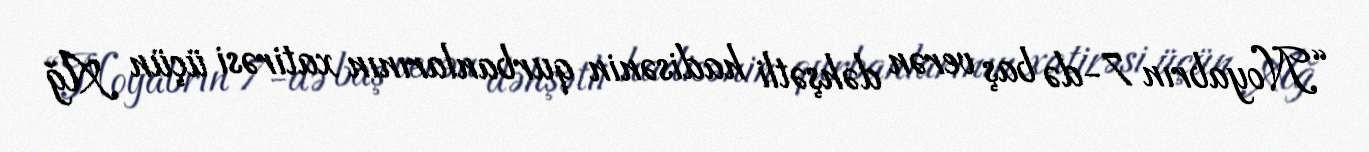
“Noyabrın 7-də baş verən dəhşətli hadisənin qurbanlarının xatirəsi üçün Ağ